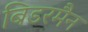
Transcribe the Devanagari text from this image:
बिडरमैन